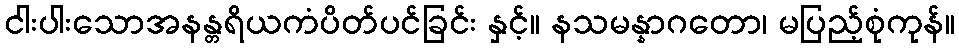
ငါးပါးသောအနန္တရိယကံပိတ်ပင်ခြင်း နှင့်။ နသမန္နာဂတော၊ မပြည့်စုံကုန်။